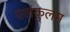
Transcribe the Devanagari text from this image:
एलंकुलम